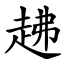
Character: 䞞